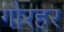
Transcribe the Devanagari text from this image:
गौरहर